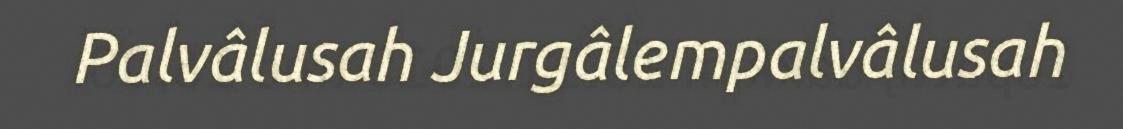
Palvâlusah Jurgâlempalvâlusah